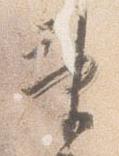
神